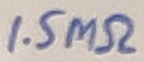
Text: 1.5MΩ